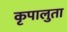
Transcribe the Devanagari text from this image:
कृपालुता